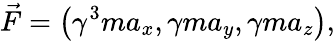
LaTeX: {\vec{F}}=\left(\gamma^{3}ma_{x},\gamma ma_{y},\gamma ma_{z}\right),